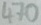
Text: 470